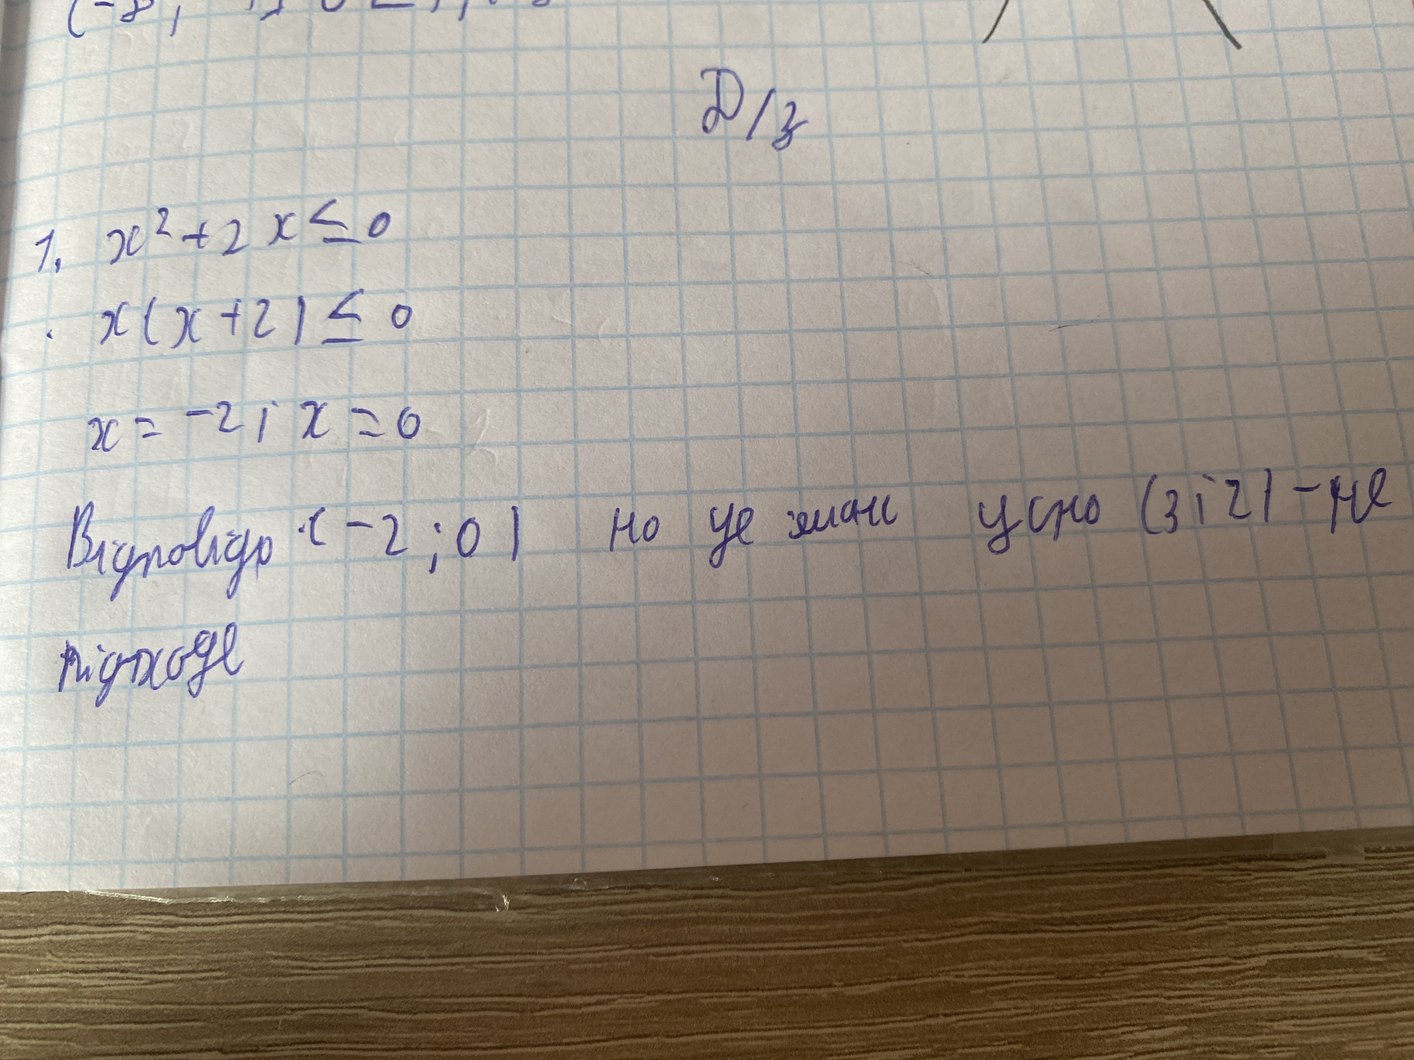
Д/з
1.  x^2+2x ≤ 0
x(x+2) ≤ 0
х = -2; х = 0
Відповідь (-2; 0)   но де [Illegible[]  усно (3;2) не
підходе